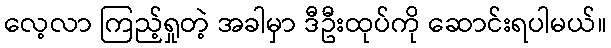
လေ့လာ ကြည့်ရှုတဲ့ အခါမှာ ဒီဦးထုပ်ကို ဆောင်းရပါမယ်။